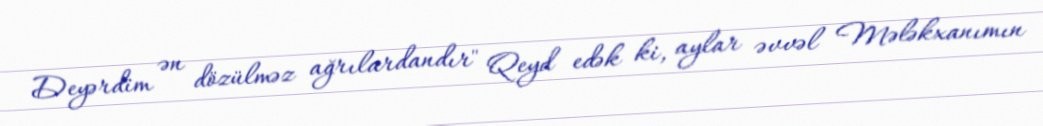
Deyərdim ən dözülməz ağrılardandır" Qeyd edək ki, aylar əvvəl Mələkxanımın